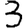
Digit: 3